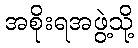
အစိုးရအဖွဲ့သို့